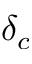
\delta _ { c }